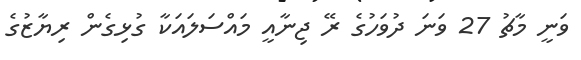
ވަނީ މާޗު 27 ވަނަ ދުވަހުގެ ރޭ ޖިނާއީ މައްސަލައަކާ ގުޅިގެން ރިޔާޒުގެ